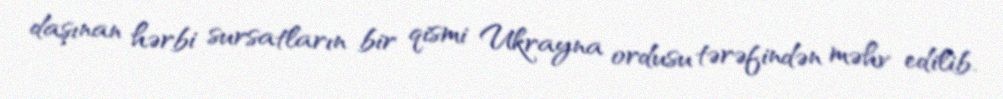
daşınan hərbi sursatların bir qismi Ukrayna ordusu tərəfindən məhv edilib.